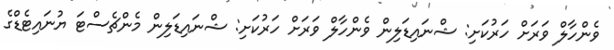
ވެންހާލް ވަރަށް ހަރުކަށި: ޝްނައިޑަލިން ވެންހާލް ވަރަށް ހަރުކަށި: ޝްނައިޑަލިން މެންޗެސްޓަ ޔުނައިޓެޑްގެ